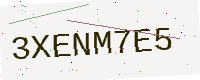
Text: 3XENM7E5